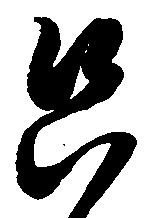
只